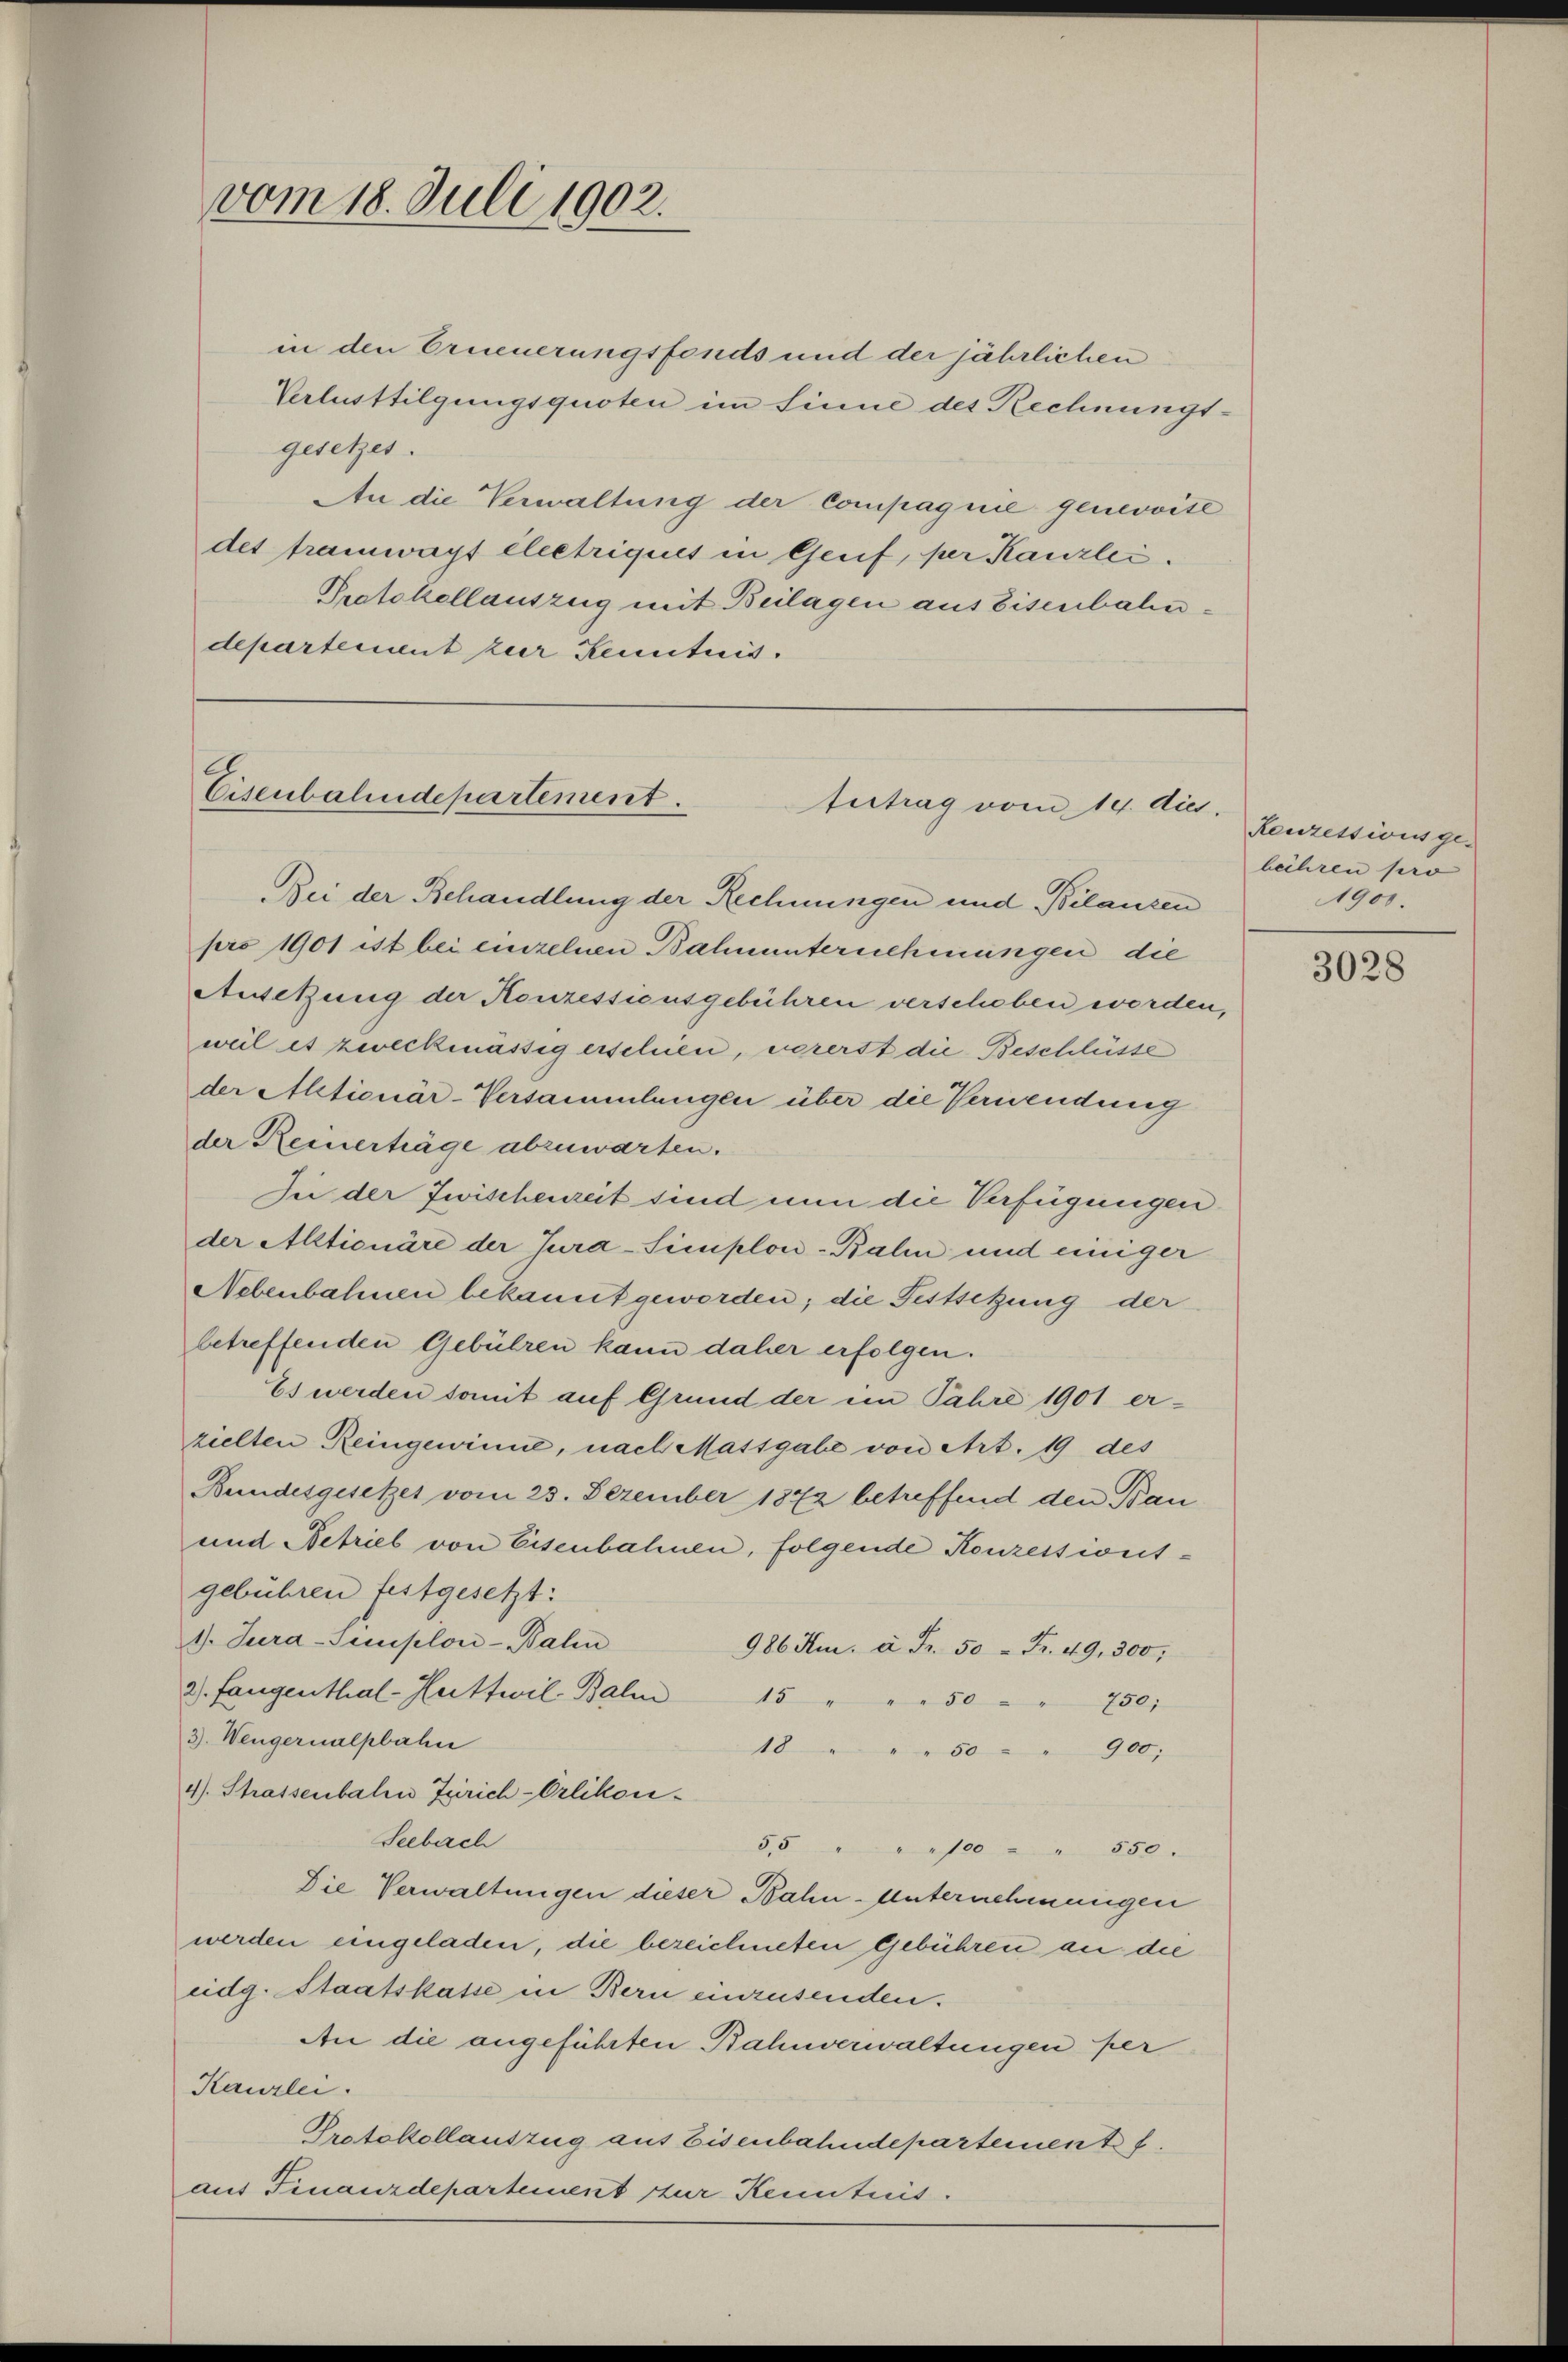
vom 18. Juli 1902.

in den Erneuerungsfonds und der jährlichen
Verlusttilgungsquoten im Sinne des Rechnungsgesetzes.
An die Verwaltung der Compagnie genevoise
det tramwayt electriques in Genf, per Kanzlei.
Protokollauszug mit Beilagen aus Eisenbahndepartement zur Kenntnis. |

C
Cisenbahndepartement.
bertrag vom 14. dies

Bei der Behandlung der Rechnungen und Bilanzen
pro 1901 ist bei einzelnen Bahnunternehmungen die
Ansetzung der Konzessionsgebühren verschoben worden,
weil es zweckmässig erschien, vorerst die Beschlüsse
der Altionär-Versammlungen über die Verwendung
der Keinerträge abzuwarten.
In der Zwischenzeit sind nun die Verfügungen
der Alltionäre der Jura-Simplon-Balin und einiger
Nebenbahnen bekannt geworden; die Festsetzung der
betreffenden Gebühren kann daher erfolgen.
Es werden damit auf Grund der im Jahre 1901 er-
zielten Reingewinne, nach Massgabe von Art. 19 des
Bundesgesetzes vom 23. Dezember 1872 betreffend den Bau
und Betrieb von Eisenbahnen, folgende Konzessionsgebühren festgesetzt:
1. Jura-Seplon-Balin
986 Hm. à Fr. 50 Fr. 49, 300,
2). Fangenthal-Huttwil- Bali
15
" 50
750,
3). Wengernalpbahn
18 " " " 50 " " 900.
4). Strassenbahn Zürich-Orlikon-
Seebach
55 " " " 100 " " 550.
Die Verwaltungen dieser Bahn-Unternehmungen
werden eingeladen, die bezeichneten Gebühren an die
eidg. Staatskasse in Bern einzusenden.
An die angeführten Bahnverwaltungen per
Kanzlei.
Protokollauszug aus Eisenbahndepartement f
auf Finanzdepartement zur Kenntnis.

Reuzessionsge-
bühren pro
1900.

3028